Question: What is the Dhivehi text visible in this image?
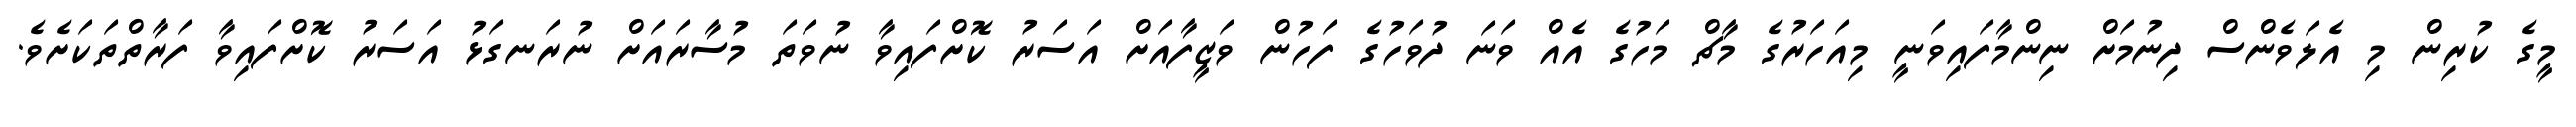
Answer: މީގެ ކުރިން މި އެލަވެންސް ދިނުމަށް ނިންމާފައިވަނީ މިއަހަރުގެ މާޗް މަހުގެ އެއް ވަނަ ދުވަހުގެ ފަހުން ވަޒީފާއަށް އަސަރު ކޮށްފައިވާ ނުވަތަ މުސާރައަށް ނުރަނގަޅު އަސަރު ކޮށްފައިވާ ފަރާތްތަކަށެވެ.